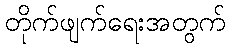
တိုက်ဖျက်ရေးအတွက်